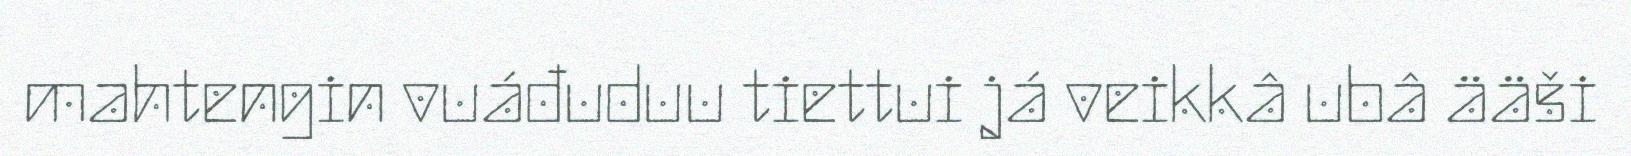
mahtengin vuáđuduu tiettui já veikkâ ubâ ääši